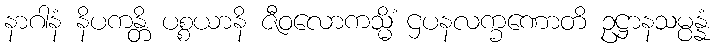
နာဂါနံ နိပကန္တိ ပစ္စယာနိ ဇီဝလောကသ္မိံ ဌပနလက္ခဏောတိ ဥဋ္ဌာနသမ္ပန္နံ